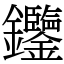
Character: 𨰹